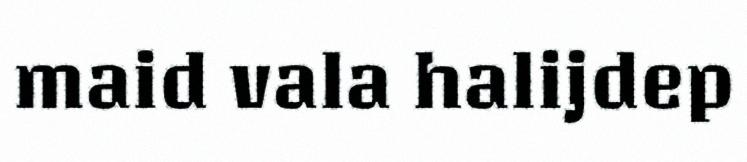
maid vala halijdep